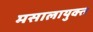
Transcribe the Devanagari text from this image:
मसालायुक्त